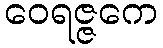
ဝေရဇ္ဇကေ